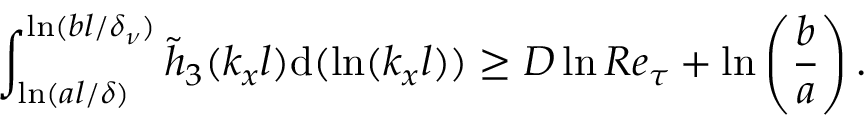
\int _ { \ln ( a l / \delta ) } ^ { \ln ( b l / \delta _ { \nu } ) } \tilde { h } _ { 3 } ( k _ { x } l ) \mathrm { d } ( \ln ( k _ { x } l ) ) \geq D \ln R e _ { \tau } + \ln \left( \frac { b } { a } \right) .